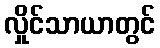
လှိုင်သာယာတွင်